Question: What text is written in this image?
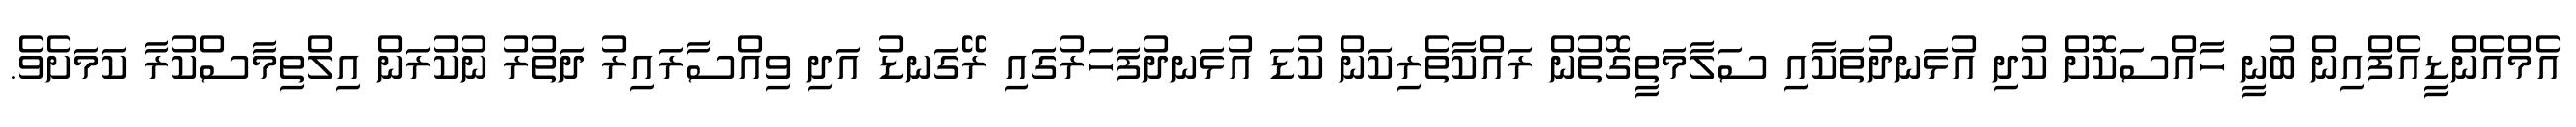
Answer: އެމްއެންޑީއެފްއިން ބުނީ ހާއްސަކޮށް ކުދި އުޅަނދުތަކާއި ސަލާމަތީގޮތުން ރައްކާތެރިކަން ކުޑަ އުޅަނދުފަހަރުގައި ރޭގަނޑު އަދި ވިއްސާރައިރު ދަތުރު ނުކުރަން އިލްތިމާސްކުރާ ކަމަށެވެ.